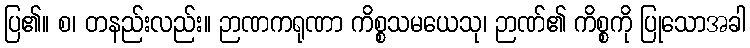
ပြ၏။ စ၊ တနည်းလည်း။ ဉာဏကရုဏာ ကိစ္စသမယေသု၊ ဉာဏ်၏ ကိစ္စကို ပြုသောအခါ